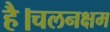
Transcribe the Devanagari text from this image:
है।चलनक्षम